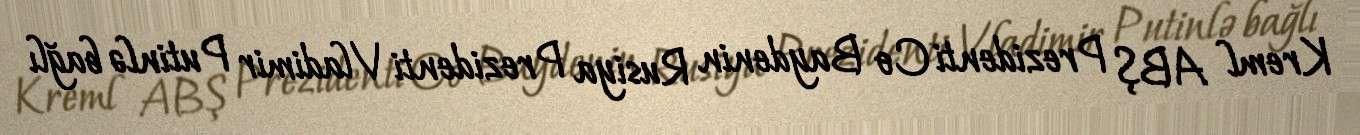
Kreml ABŞ Prezidenti Co Baydenin Rusiya Prezidenti Vladimir Putinlə bağlı